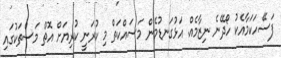
ފަސޭހަކަމާއެކު ހޯދޭނެ ނިޒާމެއް. އަޅުގަނޑުމެން މަސައްކަތް މި ކުރަނީ ކުރިޔަށް އޮތް މަސްތަކުގައި